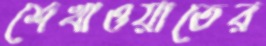
শেখাওয়াতের